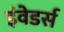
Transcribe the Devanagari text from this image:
इंवेडर्स